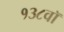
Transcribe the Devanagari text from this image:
१३८वॉ